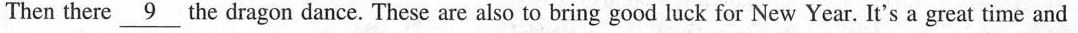
Thenthere\underline{9} the dragon dance. These are also to bring good luck for New Year. It's a great time and